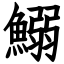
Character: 鰯